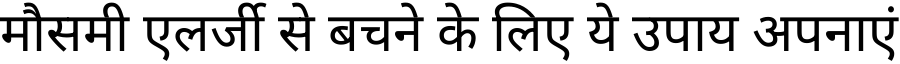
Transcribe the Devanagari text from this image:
मौसमी एलर्जी से बचने के लिए ये उपाय अपनाएं